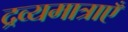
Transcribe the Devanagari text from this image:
द्रव्यमात्राएँ